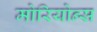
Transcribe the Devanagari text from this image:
मोरियोन्स